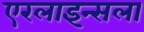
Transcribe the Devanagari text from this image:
एरलाइन्सला